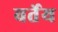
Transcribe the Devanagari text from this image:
वर्तेय